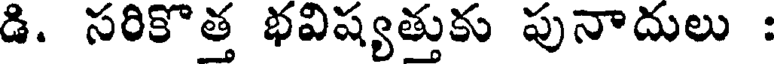
డి. సరికొత్త భవిష్యత్తుకు పునాదులు :